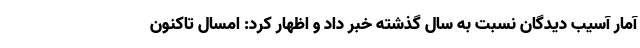
آمار آسیب دیدگان نسبت به سال گذشته خبر داد و اظهار کرد: امسال تاکنون